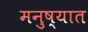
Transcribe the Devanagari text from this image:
मनुष्यात